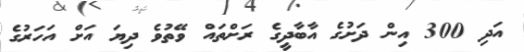
އަދި 300 އިން ދަށުގެ އާބާދީގެ ރަށްތައް ވޭތުވެ ދިޔަ އަށް އަހަރުގެ